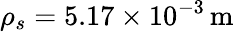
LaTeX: \rho_{s}=5.17\times 10^{-3}\, \mathrm{m}